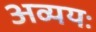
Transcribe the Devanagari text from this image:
अव्ययः